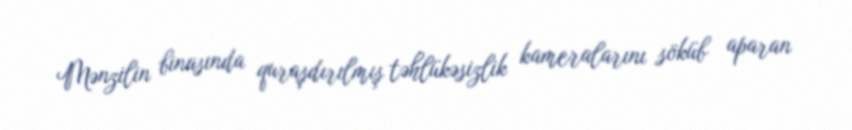
Mənzilin binasında quraşdırılmış təhlükəsizlik kameralarını söküb aparan